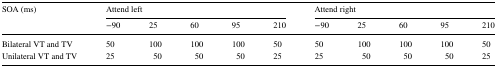
| <ROWSPAN=2> SOA (ms) | <COLSPAN=5> Attend left | <COLSPAN=5> Attend right |
 | −90 | 25 | 60 | 95 | 210 | −90 | 25 | 60 | 95 | 210 |
 | --- | --- | --- | --- | --- | --- | --- | --- | --- | --- | --- |
 | Bilateral VT and TV | 50 | 100 | 100 | 100 | 50 | 50 | 100 | 100 | 100 | 50 |
 | Unilateral VT and TV | 25 | 50 | 50 | 50 | 25 | 25 | 50 | 50 | 50 | 25 |